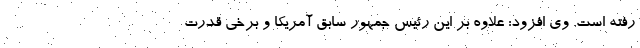
رفته است. وی افزود: علاوه بر این رئیس جمهور سابق آمریکا و برخی قدرت